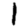
Digit: 1